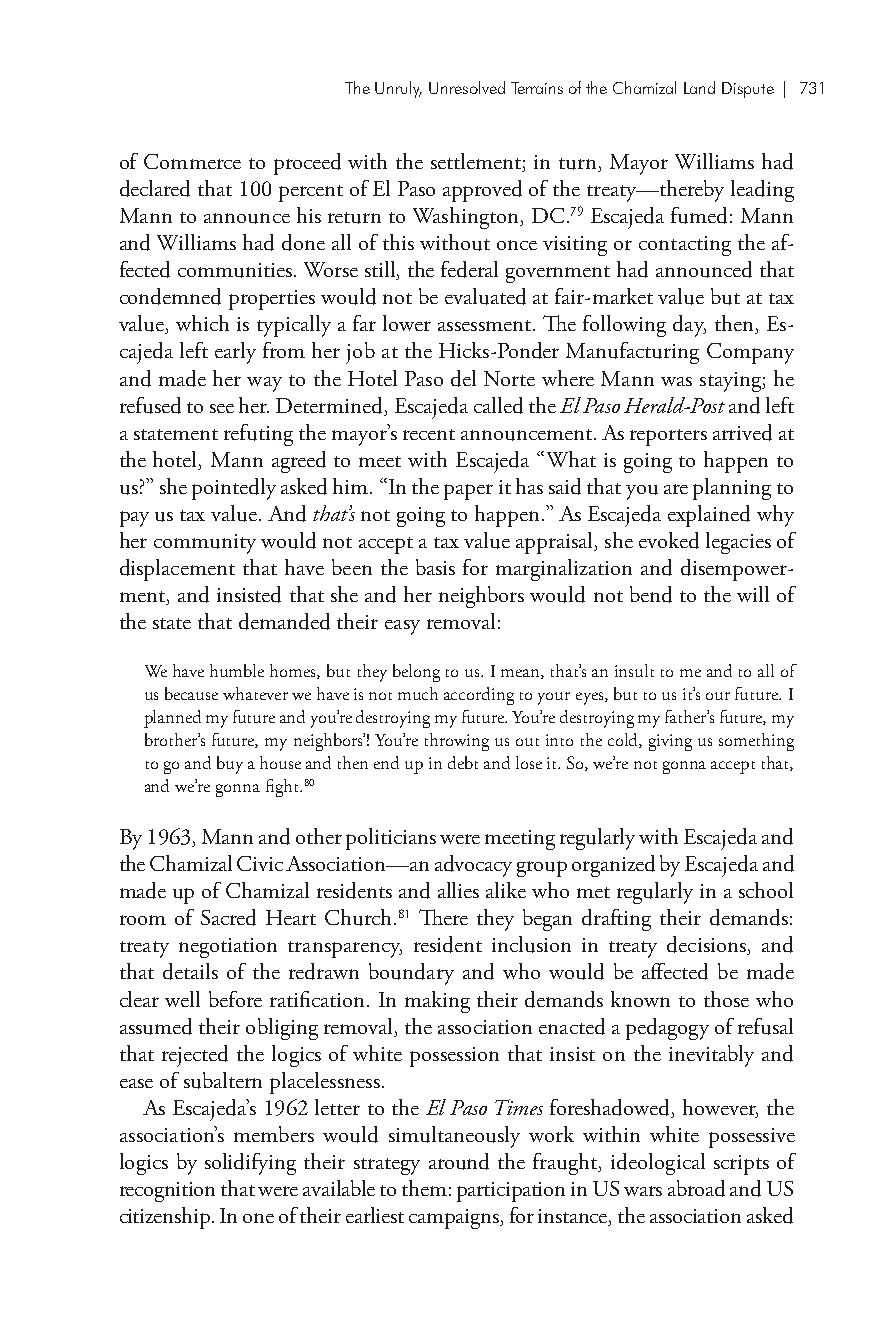
The Unruly, Unresolved Terrains of the Chamizal Land Dispute| 731
 of Commerce to proceed with the settlement; in turn, Mayor Williams had
 declared that 100 percent of El Paso approved of the treaty—thereby leading
 Mann to announce his return to Washington, DC.79 Escajeda fumed: Mann
 and Williams had done all of this without once visiting or contacting the af-
 fected communities. Worse still, the federal government had announced that
 condemned properties would not be evaluated at fair-market value but at tax
 value, which is typically a far lower assessment. The following day, then, Es-
 cajeda left early from her job at the Hicks-Ponder Manufacturing Company
 and made her way to the Hotel Paso del Norte where Mann was staying; he
 refused to see her. Determined, Escajeda called the El Paso Herald-Post and left
 a statement refuting the mayor’s recent announcement. As reporters arrived at
 the hotel, Mann agreed to meet with Escajeda “What is going to happen to
 us?” she pointedly asked him. “In the paper it has said that you are planning to
 pay us tax value. And that’s not going to happen.” As Escajeda explained why
 her community would not accept a tax value appraisal, she evoked legacies of
 displacement that have been the basis for marginalization and disempower-
 ment, and insisted that she and her neighbors would not bend to the will of
 the state that demanded their easy removal:
 We have humble homes, but they belong to us. I mean, that’s an insult to me and to all of
 us because whatever we have is not much according to your eyes, but to us it’s our future. I
 planned my future and you’re destroying my future. You’re destroying my father’s future, my
 brother’s future, my neighbors’! You’re throwing us out into the cold, giving us something
 to go and buy a house and then end up in debt and lose it. So, we’re not gonna accept that,
 and we’re gonna fight.80
 By 1963, Mann and other politicians were meeting regularly with Escajeda and
 the Chamizal Civic Association—an advocacy group organized by Escajeda and
 made up of Chamizal residents and allies alike who met regularly in a school
 room of Sacred Heart Church.81 There they began drafting their demands:
 treaty negotiation transparency, resident inclusion in treaty decisions, and
 that details of the redrawn boundary and who would be affected be made
 clear well before ratification. In making their demands known to those who
 assumed their obliging removal, the association enacted a pedagogy of refusal
 that rejected the logics of white possession that insist on the inevitably and
 ease of subaltern placelessness.
 As Escajeda’s 1962 letter to the El Paso Times foreshadowed, however, the
 association’s members would simultaneously work within white possessive
 logics by solidifying their strategy around the fraught, ideological scripts of
 recognition that were available to them: participation in US wars abroad and US
 citizenship. In one of their earliest campaigns, for instance, the association asked